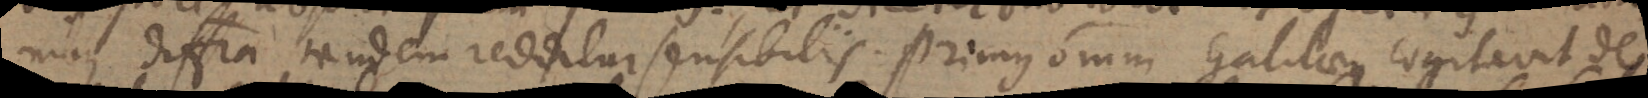
nibus differentia tandem reditur sensibilis. Primus omnium Galilaeus cogitavit de